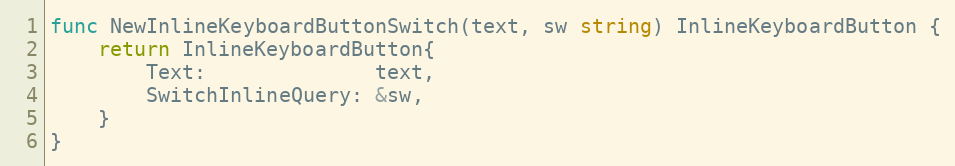
Language: Go
func NewInlineKeyboardButtonSwitch(text, sw string) InlineKeyboardButton {
	return InlineKeyboardButton{
		Text:              text,
		SwitchInlineQuery: &sw,
	}
}